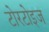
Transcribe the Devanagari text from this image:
टोरटोइज